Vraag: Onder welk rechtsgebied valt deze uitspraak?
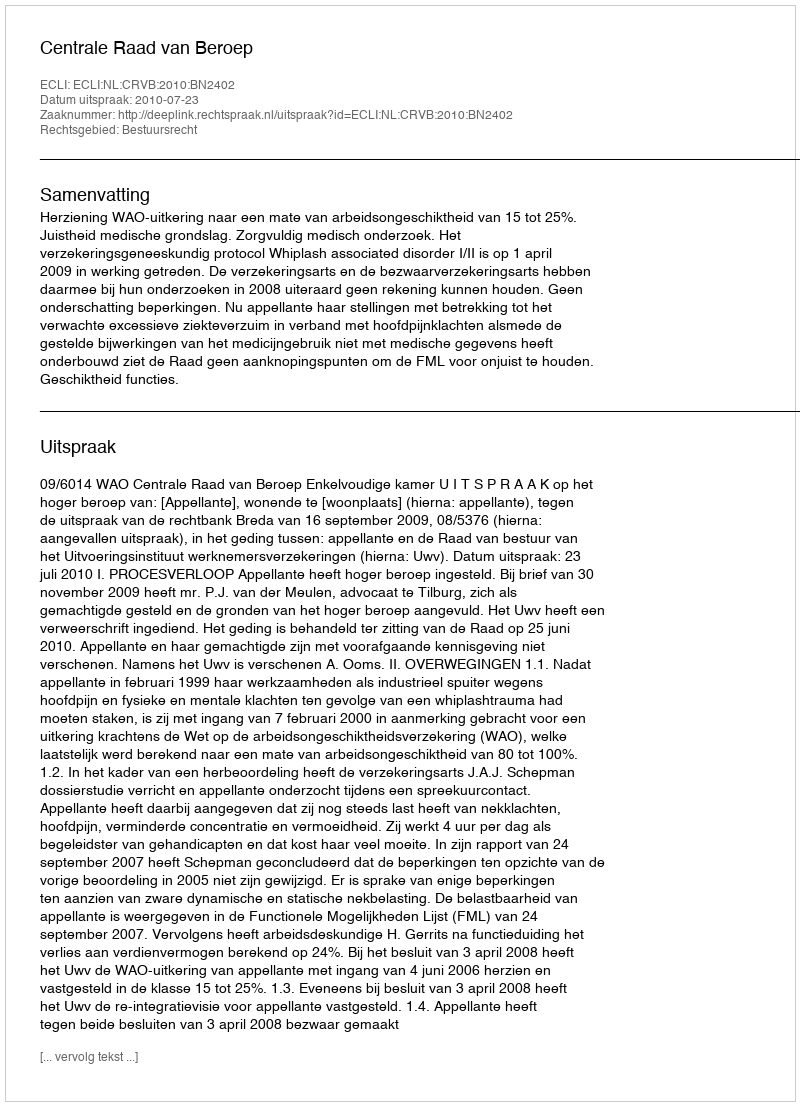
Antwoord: Bestuursrecht